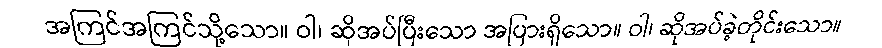
အကြင်အကြင်သို့သော။ ဝါ၊ ဆိုအပ်ပြီးသော အပြားရှိသော။ ဝါ၊ ဆိုအပ်ခဲ့တိုင်းသော။